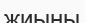
жиыны